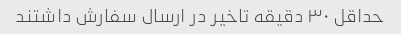
حداقل ۳۰ دقیقه تاخیر در ارسال سفارش داشتند